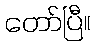
တော်ပြီ။